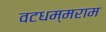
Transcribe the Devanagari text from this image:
वटधम्मराम